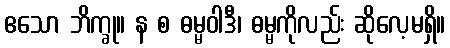
ဧသော ဘိက္ခု။ န စ ဓမ္မဝါဒီ၊ ဓမ္မကိုလည်း ဆိုလေ့မရှိ။